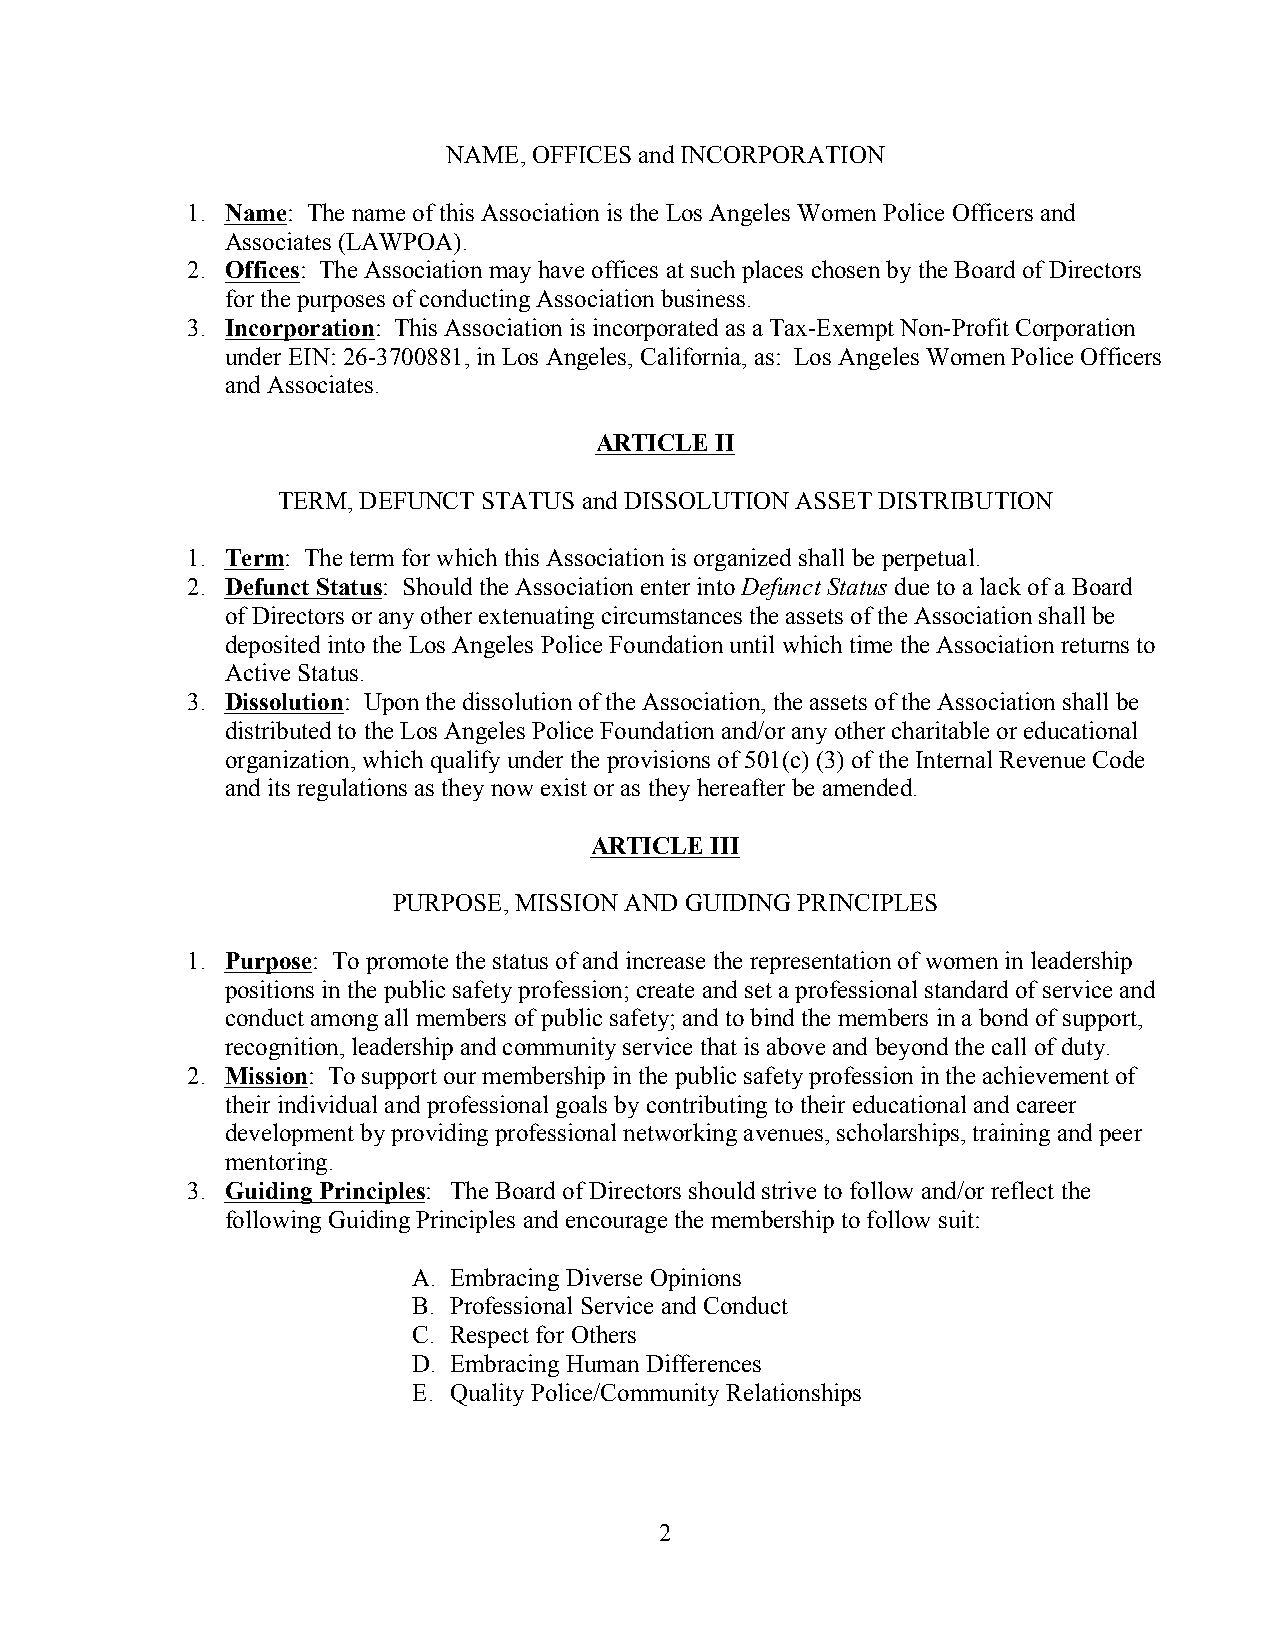
NAME, OFFICES and INCORPORATION
 1. Name: The name of this Association is the Los Angeles Women Police Officers and
 Associates (LAWPOA).
 2. Offices: The Association may have offices at such places chosen by the Board of Directors
 for the purposes of conducting Association business.
 3. Incorporation: This Association is incorporated as a Tax-Exempt Non-Profit Corporation
 under EIN: 26-3700881, in Los Angeles, California, as: Los Angeles Women Police Officers
 and Associates.
 ARTICLE II
 TERM, DEFUNCT STATUS and DISSOLUTION ASSET DISTRIBUTION
 1. Term: The term for which this Association is organized shall be perpetual.
 2. Defunct Status: Should the Association enter into Defunct Status due to a lack of a Board
 of Directors or any other extenuating circumstances the assets of the Association shall be
 deposited into the Los Angeles Police Foundation until which time the Association returns to
 Active Status.
 3. Dissolution: Upon the dissolution of the Association, the assets of the Association shall be
 distributed to the Los Angeles Police Foundation and/or any other charitable or educational
 organization, which qualify under the provisions of 501(c) (3) of the Internal Revenue Code
 and its regulations as they now exist or as they hereafter be amended.
 ARTICLE III
 PURPOSE, MISSION AND GUIDING PRINCIPLES
 1. Purpose: To promote the status of and increase the representation of women in leadership
 positions in the public safety profession; create and set a professional standard of service and
 conduct among all members of public safety; and to bind the members in a bond of support,
 recognition, leadership and community service that is above and beyond the call of duty.
 2. Mission: To support our membership in the public safety profession in the achievement of
 their individual and professional goals by contributing to their educational and career
 development by providing professional networking avenues, scholarships, training and peer
 mentoring.
 3. Guiding Principles: The Board of Directors should strive to follow and/or reflect the
 following Guiding Principles and encourage the membership to follow suit:
 A. Embracing Diverse Opinions
 B. Professional Service and Conduct
 C. Respect for Others
 D. Embracing Human Differences
 E. Quality Police/Community Relationships
 2